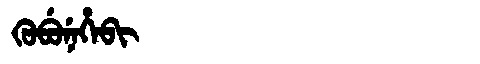
Manchu: ᡴᡠᠪᡠᠨᡝᡥᡝᠪᡳ
Romanization: KUBUNEHEBI